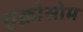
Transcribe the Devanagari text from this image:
एक्रोसोम